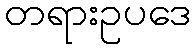
တရားဥပဒေ